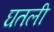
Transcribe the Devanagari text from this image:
घतली